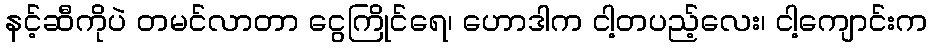
နင့်ဆီကိုပဲ တမင်လာတာ ငွေကြိုင်ရေ၊ ဟောဒါက ငါ့တပည့်လေး၊ ငါ့ကျောင်းက